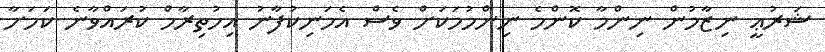
ޝަރުޢީ ނިޒާމުން ނިންމާ ކޮންމެ ނިންމުމަކަށް ވެސް އެމަނިކުފާނު އިހުތިރާމް ކުރައްވާނެ ކަމަށާ